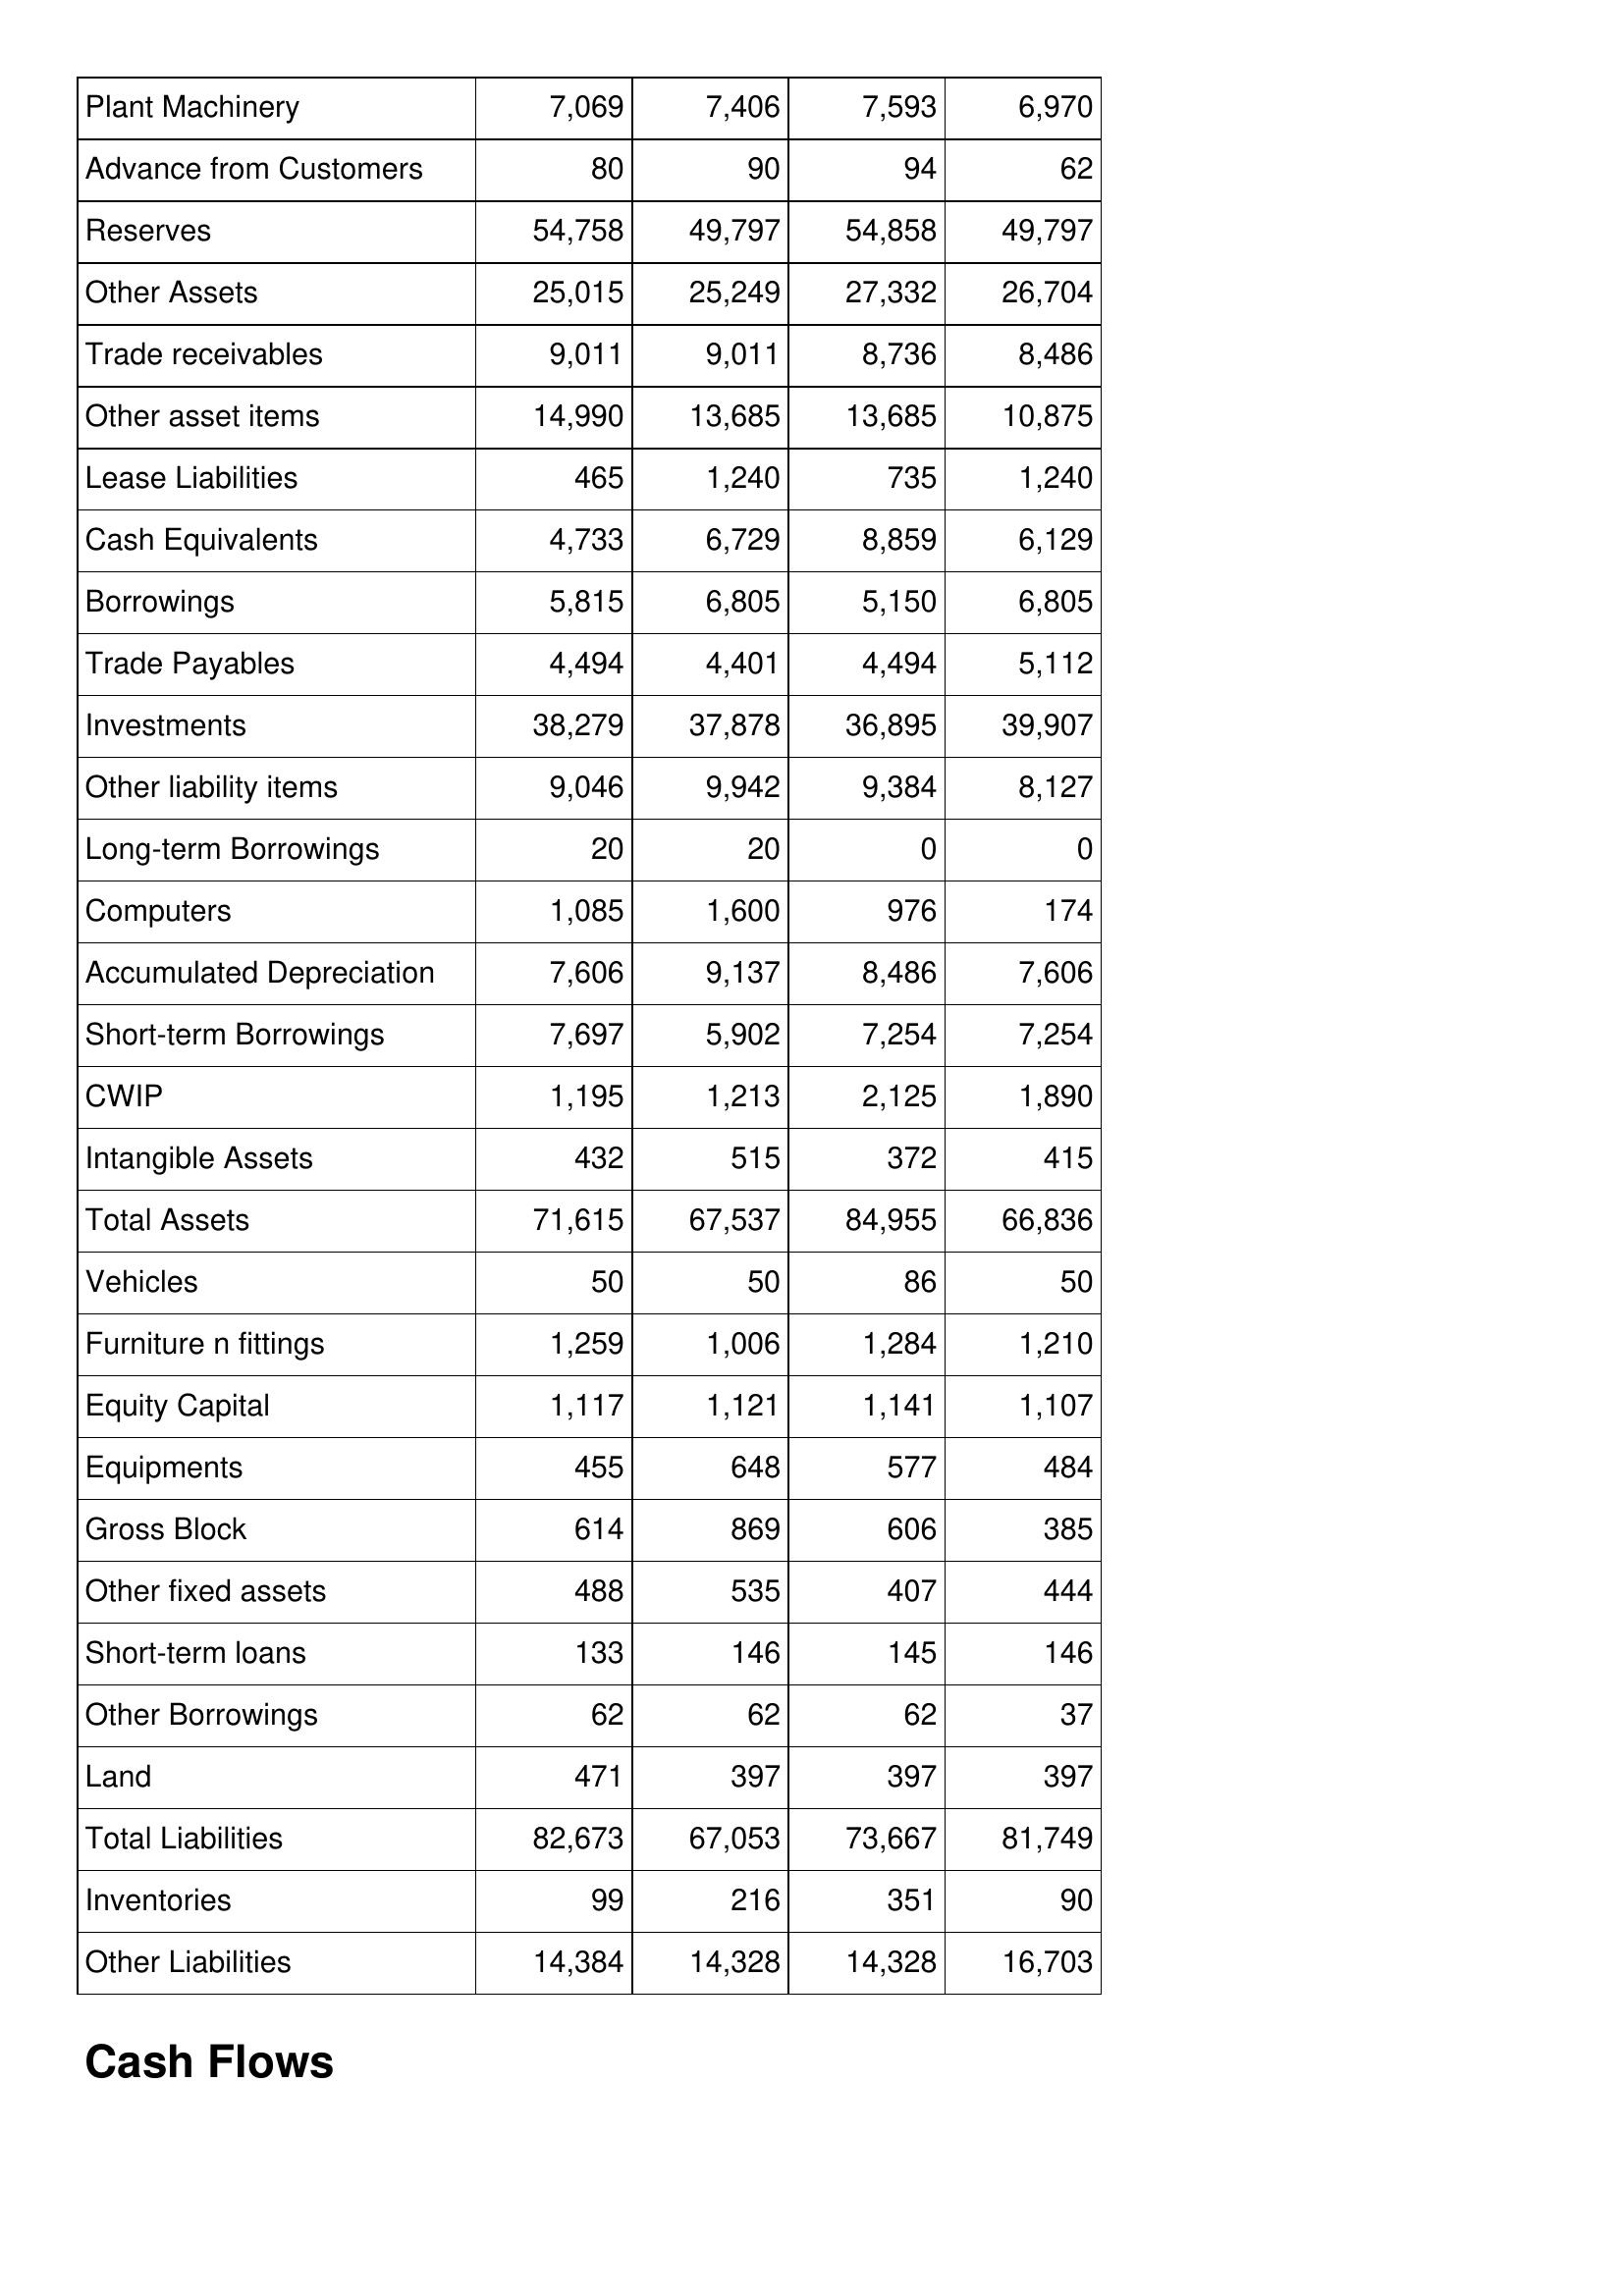
Jan-12: Balance Sheet: Plant Machinery: 7,069
Advance from Customers: 80
Reserves: 54,758
Other Assets: 25,015
Trade receivables: 9,011
Other asset items: 14,990
Lease Liabilities: 465
Cash Equivalents: 4,733
Borrowings: 5,815
Trade Payables: 4,494
Investments: 38,279
Other liability items: 9,046
Long-term Borrowings: 20
Computers: 1,085
Accumulated Depreciation: 7,606
Short-term Borrowings: 7,697
CWIP: 1,195
Intangible Assets: 432
Total Assets: 71,615
Vehicles: 50
Furniture n fittings: 1,259
Equity Capital: 1,117
Equipments: 455
Gross Block: 614
Other fixed assets: 488
Short-term loans: 133
Other Borrowings: 62
Land: 471
Total Liabilities: 82,673
Inventories: 99
Other Liabilities: 14,384
Jan-13: Balance Sheet: Plant Machinery: 7,406
Advance from Customers: 90
Reserves: 49,797
Other Assets: 25,249
Trade receivables: 9,011
Other asset items: 13,685
Lease Liabilities: 1,240
Cash Equivalents: 6,729
Borrowings: 6,805
Trade Payables: 4,401
Investments: 37,878
Other liability items: 9,942
Long-term Borrowings: 20
Computers: 1,600
Accumulated Depreciation: 9,137
Short-term Borrowings: 5,902
CWIP: 1,213
Intangible Assets: 515
Total Assets: 67,537
Vehicles: 50
Furniture n fittings: 1,006
Equity Capital: 1,121
Equipments: 648
Gross Block: 869
Other fixed assets: 535
Short-term loans: 146
Other Borrowings: 62
Land: 397
Total Liabilities: 67,053
Inventories: 216
Other Liabilities: 14,328
Jan-14: Balance Sheet: Plant Machinery: 7,593
Advance from Customers: 94
Reserves: 54,858
Other Assets: 27,332
Trade receivables: 8,736
Other asset items: 13,685
Lease Liabilities: 735
Cash Equivalents: 8,859
Borrowings: 5,150
Trade Payables: 4,494
Investments: 36,895
Other liability items: 9,384
Long-term Borrowings: 0
Computers: 976
Accumulated Depreciation: 8,486
Short-term Borrowings: 7,254
CWIP: 2,125
Intangible Assets: 372
Total Assets: 84,955
Vehicles: 86
Furniture n fittings: 1,284
Equity Capital: 1,141
Equipments: 577
Gross Block: 606
Other fixed assets: 407
Short-term loans: 145
Other Borrowings: 62
Land: 397
Total Liabilities: 73,667
Inventories: 351
Other Liabilities: 14,328
Jan-15: Balance Sheet: Plant Machinery: 6,970
Advance from Customers: 62
Reserves: 49,797
Other Assets: 26,704
Trade receivables: 8,486
Other asset items: 10,875
Lease Liabilities: 1,240
Cash Equivalents: 6,129
Borrowings: 6,805
Trade Payables: 5,112
Investments: 39,907
Other liability items: 8,127
Long-term Borrowings: 0
Computers: 174
Accumulated Depreciation: 7,606
Short-term Borrowings: 7,254
CWIP: 1,890
Intangible Assets: 415
Total Assets: 66,836
Vehicles: 50
Furniture n fittings: 1,210
Equity Capital: 1,107
Equipments: 484
Gross Block: 385
Other fixed assets: 444
Short-term loans: 146
Other Borrowings: 37
Land: 397
Total Liabilities: 81,749
Inventories: 90
Other Liabilities: 16,703